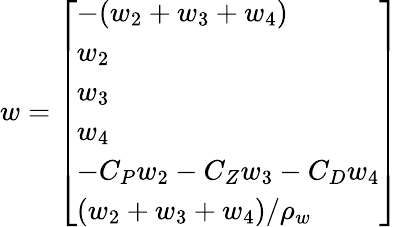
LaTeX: w=\left[\begin{array}{l}{-(w_{2}+w_{3}+w_{4})}\\ {w_{2}}\\ {w_{3}}\\ {w_{4}}\\ {-C_{P}w_{2}-C_{Z}w_{3}-C_{D}w_{4}}\\ {(w_{2}+w_{3}+w_{4})/\rho_{w}}\end{array}\right]